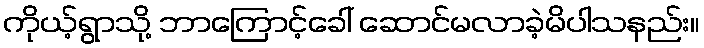
ကိုယ့်ရွာသို့ ဘာကြောင့်ခေါ် ဆောင်မလာခဲ့မိပါသနည်း။